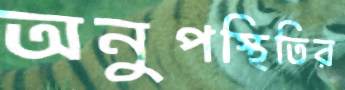
অনুপস্থিতির